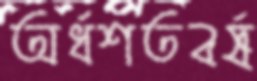
অর্ধশতবর্ষ